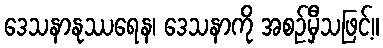
ဒေသနာနုဿရေန၊ ဒေသနာကို အစဉ်မှီသဖြင့်။